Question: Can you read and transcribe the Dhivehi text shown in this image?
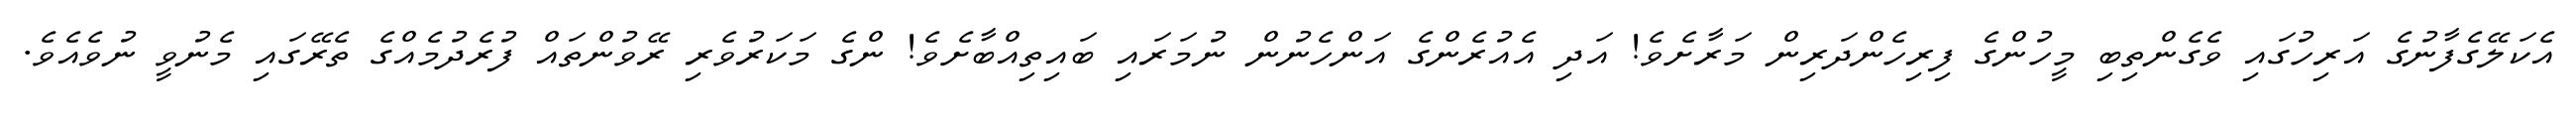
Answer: އެކަލޭގެފާނުގެ އަރިހުގައި ވެގެންތިބި މީހުންގެ ފިރިހެންދަރިން މަރާށެވެ! އަދި އެއުރެންގެ އަންހެނުން ނުމަރައި ބައިތިއްބާށެވެ! ންގެ މަކަރުވެރި ރޭވުންތައް ފުރެދުމެއްގެ ތެރޭގައި މެނުވީ ނުވެއެވެ.